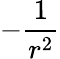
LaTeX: -\frac{1}{r^{2}}